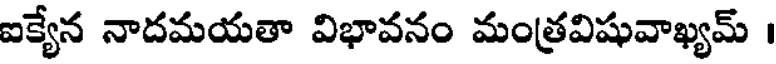
ఐక్యేన నాదమయతా విభావనం మంత్రవిషువాఖ్యమ్ ।